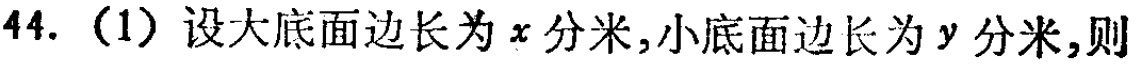
44. （1）设大底面边长为\(x\)分米,小底面边长为\(y\)分米,则